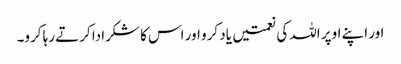
اور اپنے اوپر اللہ کی نعمتیں یاد کرو اور اس کا شکرادا کرتے رہا کرو۔